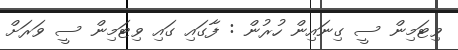
ވިޓަމިން ސީ ގިނައިން ހުރުން : ފާގައި ގައި ވިޓަމިން ސީ ވަރަށް